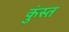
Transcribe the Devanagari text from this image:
कुंस्त